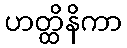
ဟတ္ထိနိကာ